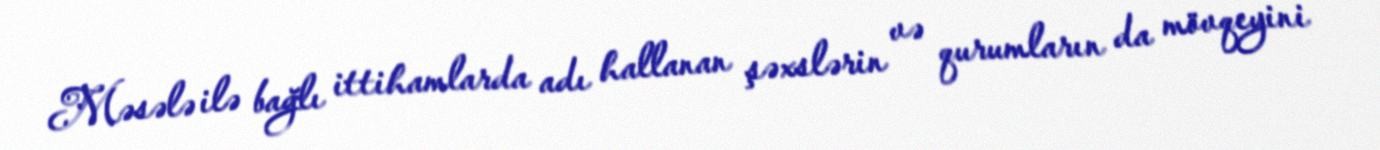
Məsələ ilə bağlı ittihamlarda adı hallanan şəxslərin və qurumların da mövqeyini